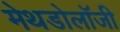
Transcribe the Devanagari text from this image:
मेथडोलॉजी